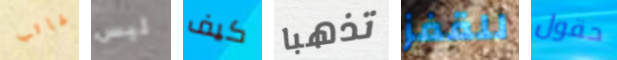
غائب ليس كيف تذهبا للقفز حقول